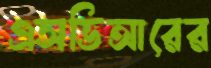
এসভিআরের